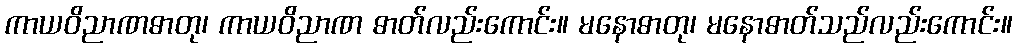
ကာယဝိညာဏဓာတု၊ ကာယဝိညာဏ ဓာတ်လည်းကောင်း။ မနောဓာတု၊ မနောဓာတ်သည်လည်းကောင်း။